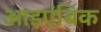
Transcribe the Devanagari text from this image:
आइएंबिक